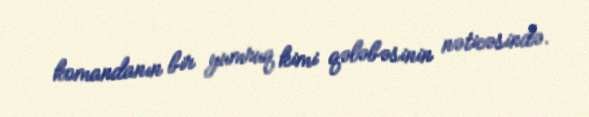
komandanın bir yumruq kimi qələbəsinin nəticəsində.